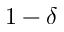
1 - \delta